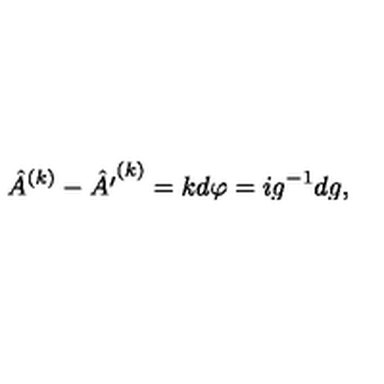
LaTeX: \hat { A } ^ { ( k ) } - \hat { A ^ { \prime } } ^ { ( k ) } = k { d \varphi } = { i } g ^ { - 1 } d g ,